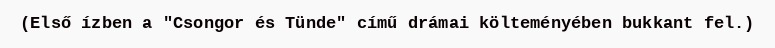
(Első ízben a "Csongor és Tünde" című drámai költeményében bukkant fel.)